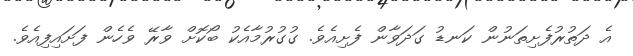
އެ ދަތުރުފެށިތަނުން ކަނޑު ގަދަވާން ފެށިއެވެ. ގުގުރުމާއެކު ބޯކޮށް ވާރޭ ވެހެން ފަށައިފިއެވެ.